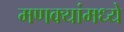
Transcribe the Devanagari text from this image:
मणक्यांमध्ये